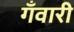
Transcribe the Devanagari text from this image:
गँवारी